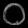
Digit: ၀